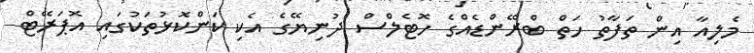
މެލިއާ އިން ތަފާތު ހަތް ބްރޭންޑެއްގެ ހޮޓެލްސް ދުނިޔޭގެ އެކި ކަންކޮޅުތަކުގައި އޮޕަރޭޓް